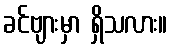
ခင်ဗျားမှာ ရှိသလား။